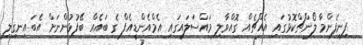
ފިނިފެންމާ ލޯންޗްކޮޅުގައި އެއްޗެއް ގޮއްވާލި މައްސަލައިގައި އެމްއެންޑީއެފް ގެ ބައެއް ބޭފުޅުންނަށް އެބައިނގިލި